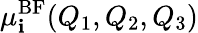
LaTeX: \mu_{\mathbf{i}}^{\mathrm{{BF}}}(Q_{1},Q_{2},Q_{3})